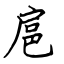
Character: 扈